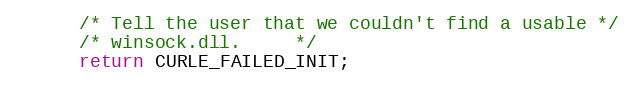
Language: C
      /* Tell the user that we couldn't find a usable */
      /* winsock.dll.     */
      return CURLE_FAILED_INIT;